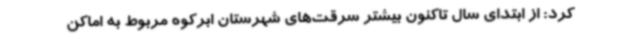
کرد: از ابتدای سال تاکنون بیشتر سرقت‌های شهرستان ابرکوه مربوط به اماکن